Report of the Bombay Veterinary College
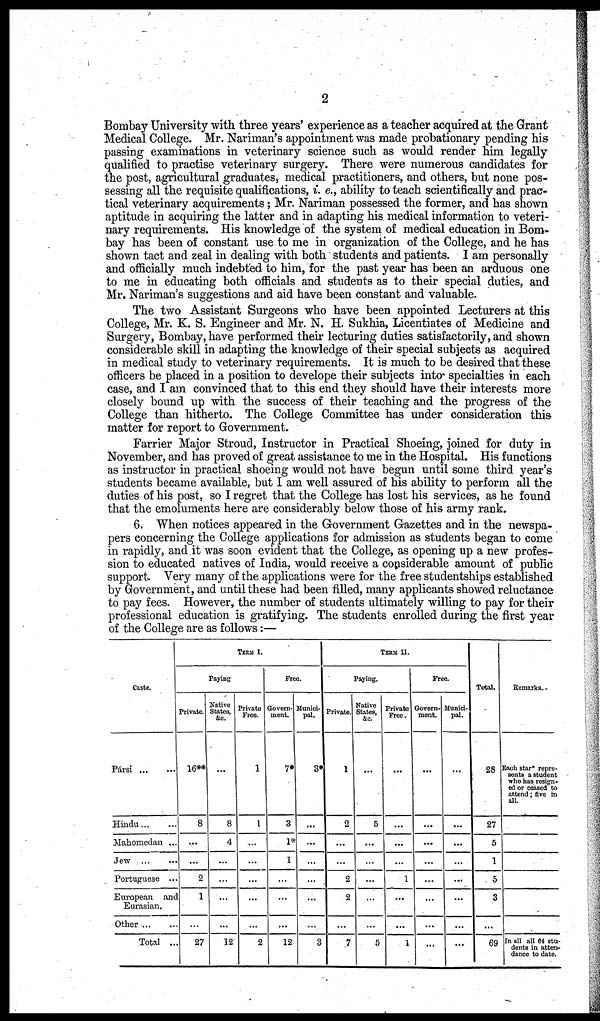
2
Bombay University with three years' experience as a teacher acquired at the Grant
Medical College. Mr. Nariman's appointment was made probationary pending his
passing examinations in veterinary science such as would render him legally
qualified to practise veterinary surgery. There were numerous candidates for
the post, agricultural graduates, medical practitioners, and others, but none pos-
sessing all the requisite qualifications, i. e., ability to teach scientifically and prac-
tical veterinary acquirements; Mr. Nariman possessed the former, and has shown
aptitude in acquiring the latter and in adapting his medical information to veteri-
nary requirements. His knowledge of the system of medical education in Bom-
bay has been of constant use to me in organization of the College, and he has
shown tact and zeal in dealing with both students and patients. I am personally
and officially much indebted to him, for the past year has been an arduous one
to me in educating both officials and students as to their special duties, and
Mr. Nariman's suggestions and aid have been constant and valuable.
The two Assistant Surgeons who have been appointed Lecturers at this
College, Mr. K. S. Engineer and Mr. N. H. Sukhia, Licentiates of Medicine and
Surgery, Bombay, have performed their lecturing duties satisfactorily, and shown
considerable skill in adapting the knowledge of their special subjects as acquired
in medical study to veterinary requirements. It is much to be desired that these
officers be placed in a position to develope their subjects into specialties in each
case, and I am convinced that to this end they should have their interests more
closely bound up with the success of their teaching and the progress of the
College than hitherto. The College Committee has under consideration this
matter for report to Government.
Farrier Major Stroud, Instructor in Practical Shoeing, joined for duty in
November, and has proved of great assistance to me in the Hospital. His functions
as instructor in practical shoeing would not have begun until some third year's
students became available, but I am well assured of his ability to perform all the
duties of his post, so I regret that the College has lost his services, as he found
that the emoluments here are considerably below those of his army rank.
6. When notices appeared in the Government Gazettes and in the newspa-
pers concerning the College applications for admission as students began to come
in rapidly, and it was soon evident that the College, as opening up a new profes-
sion to educated natives of India, would receive a considerable amount of public
support. Very many of the applications were for the free studentships established
by Government, and until these had been filled, many applicants showed reluctance
to pay fees. However, the number of students ultimately willing to pay for their
professional education is gratifying. The students enrolled during the first year
of the College are as follows:—
Caste.
Pársi
Hindu
Mahomedan ...
Jew
Portuguese ...
European and
Eurasian.
Other ...
Total ..
TERM I.
Paying
Private.
16**
8
...
...
2
1
...
27
Native
States,
&c.
...
8
4
...
...
...
...
12
Private
Free.
1
1
...
...
...
...
...
2
Free.
Govern-
ment.
7*
3
1*
1
...
...
...
12
Munici-
pal.
3*
...
...
...
...
...
...
3
TERM II.
Paying.
Private.
1
2
...
...
2
2
...
7
Native
States,
&c.
...
5
...
...
...
...
...
5
Private
Free.
...
...
...
...
1
...
...
1
Free.
Govern-
ment.
...
...
...
...
...
...
...
...
Munici-
pal.
...
...
...
...
...
...
...
...
Total.
28
27
5
1
5
3
...
69
Remarks.
Each star* repre-
sents a student
who has resign-
ed or ceased to
attend; five in
all.
In all all 64 stu-
dents in atten-
dance to date.